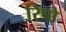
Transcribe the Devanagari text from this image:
रिपो